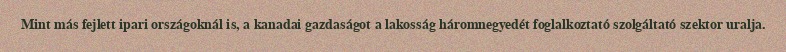
Mint más fejlett ipari országoknál is, a kanadai gazdaságot a lakosság háromnegyedét foglalkoztató szolgáltató szektor uralja.